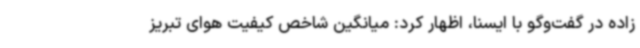
زاده در گفت‌وگو با ایسنا، اظهار کرد: میانگین شاخص کیفیت هوای تبریز